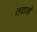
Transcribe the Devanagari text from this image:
तदाओ